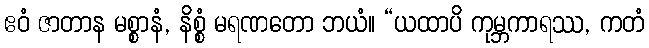
ဧဝံ ဇာတာန မစ္စာနံ, နိစ္စံ မရဏတော ဘယံ။ “ယထာပိ ကုမ္ဘကာရဿ, ကတံ